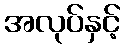
အလုပ်နှင့်